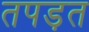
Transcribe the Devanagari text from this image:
तपड़त